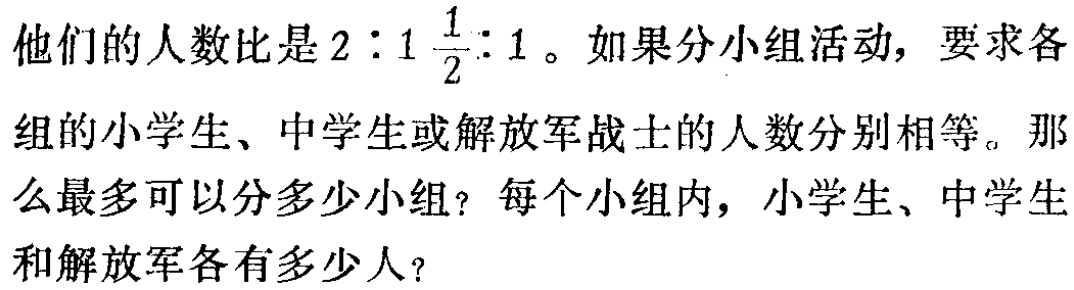
他们的人数比是\(2:1\frac{1}{2}:1\)。如果分小组活动，要求各组的小学生、中学生或解放军战士的人数分别相等。那么最多可以分多少小组？每个小组内，小学生、中学生和解放军各有多少人？